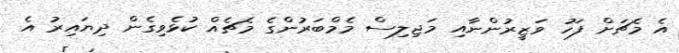
އެ މެޗަށް ފަހު ވަޒީރުންނާއި މަޖިލިސް މެމްބަރުންގެ މެޗެއް ކުޅެވިގެން ދިޔައިރު އެ